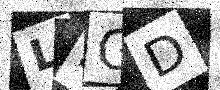
Text: LKGD